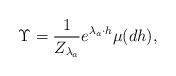
LaTeX: \begin{align*}\Upsilon =\frac{1}{Z_{\lambda_a}}e^{\lambda_a \cdot h}\mu(dh),\end{align*}